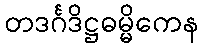
တဒင်္ဂဒိဋ္ဌဓမ္မိကေန